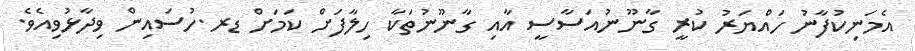
އެމަނިކުފާނު ހައްޔަރު ކުރީ ގާނޫނުއަސާސީ އާއި ގާނޫނުތަކާ ހިލާފަށް ކަމަށް ޑރ.ހުސައިން ވިދާޅުވިއެވެ.